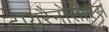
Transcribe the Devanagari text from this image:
टायरैनोसौरस